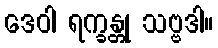
ဒေဝါ ရက္ခန္တု သဗ္ဗဒါ။